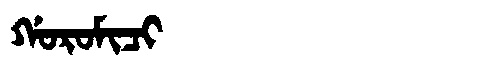
Manchu: ᡤᠣᡵᠣᠮᡳᠴᡳ
Romanization: GOROMICI